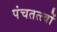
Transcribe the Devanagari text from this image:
पंचतत्त्वों